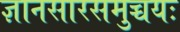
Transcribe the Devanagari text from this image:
ज्ञानसारसमुच्चयः